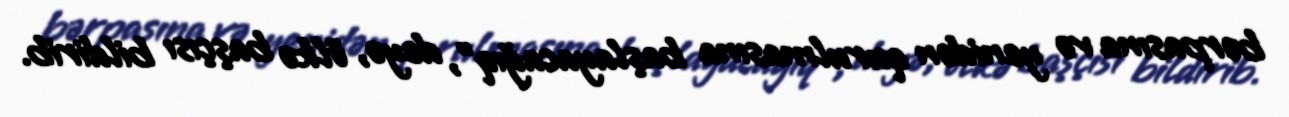
bərpasına və yenidən qurulmasına başlayacağıq”, deyə, ölkə başçısı bildirib.